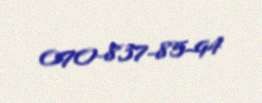
070-837-85-94